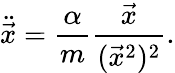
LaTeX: \ddot{\vec{x}}=\frac{\alpha}{m}\frac{\vec{x}}{(\vec{x}^{2})^{2}}.